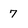
Character: 7